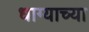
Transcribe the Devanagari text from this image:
धाग्याच्या